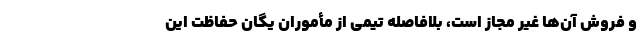
و فروش آن‌ها غیر مجاز است، بلافاصله تیمی از مأموران یگان حفاظت این